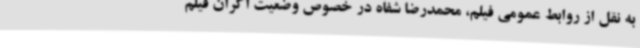
به نقل از روابط عمومی فیلم، محمدرضا شفاه در خصوص وضعیت اکران فیلم